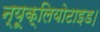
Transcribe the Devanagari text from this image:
न्यूक्लियोटाइड।